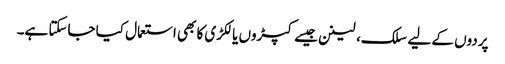
پردوں کے لیے سلک، لینن جیسے کپڑوں یا لکڑی کا بھی استعمال کیا جاسکتا ہے۔